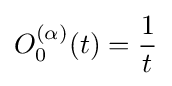
O_{0}^{(\alpha )}(t)={\frac {1}{t}}